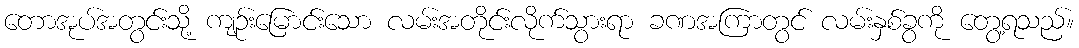
တောအုပ်အတွင်းသို့ ကျဉ်းမြောင်းသော လမ်းအတိုင်းလိုက်သွားရာ ခဏအကြာတွင် လမ်းနှစ်ခွကို တွေ့ရသည်။